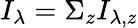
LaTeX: I_{\lambda}=\Sigma_{z}I_{\lambda,z}